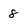
Character: 8